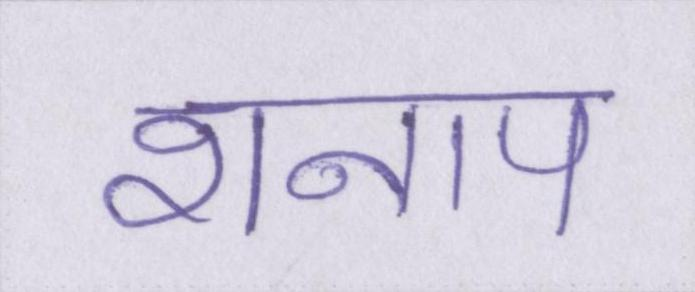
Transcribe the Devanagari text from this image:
शनाप